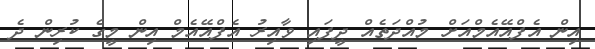
އިން އެފްއޭއެމްއަށް މުއްދަތެއް ދީފައި ވާއިރު އެފްއޭއެމް އިން މީގެ ކުރިން ދެ